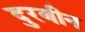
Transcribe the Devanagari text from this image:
दुरबीन